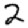
Digit: 2